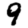
Digit: 9